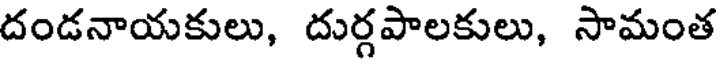
దండనాయకులు, దుర్గపాలకులు, సామంత